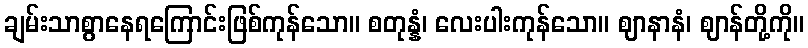
ချမ်းသာစွာနေရကြောင်းဖြစ်ကုန်သော။ စတုန္နံ၊ လေးပါးကုန်သော။ ဈာနာနံ၊ ဈာန်တို့ကို။